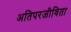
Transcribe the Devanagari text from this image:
अतिपरजीविता